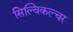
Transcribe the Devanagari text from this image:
सिल्विकल्चर